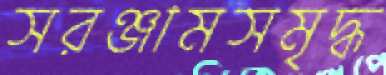
সরঞ্জামসমৃদ্ধ